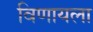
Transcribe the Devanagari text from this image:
विणायला